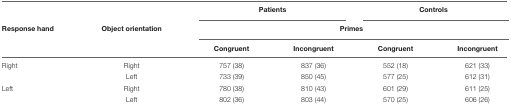
<table><thead><tr><td></td><td></td><td colspan="2"><b>Patients</b></td><td colspan="2"><b>Controls</b></td></tr><tr><td><b>Response hand</b></td><td><b>Object orientation</b></td><td colspan="4"><b>Primes</b></td></tr><tr><td></td><td></td><td><b>Congruent</b></td><td><b>Incongruent</b></td><td><b>Congruent</b></td><td><b>Incongruent</b></td></tr></thead><tbody><tr><td>Right</td><td>Right</td><td>757 (38)</td><td>837 (36)</td><td>552 (18)</td><td>621 (33)</td></tr><tr><td></td><td>Left</td><td>733 (39)</td><td>850 (45)</td><td>577 (25)</td><td>612 (31)</td></tr><tr><td>Left</td><td>Right</td><td>780 (38)</td><td>810 (43)</td><td>601 (29)</td><td>611 (25)</td></tr><tr><td></td><td>Left</td><td>802 (36)</td><td>803 (44)</td><td>570 (25)</td><td>606 (26)</td></tr></tbody></table>